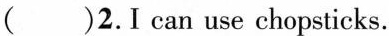
( )2.I can use chopsticks.